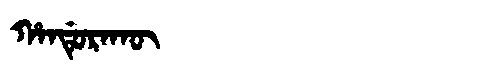
Manchu: ᡥᠠᠨᡩᡠᡵᠠᡴᡡ
Romanization: HANDURAKŪ